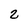
Character: 2